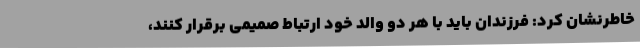
خاطرنشان کرد: فرزندان باید با هر دو والد خود ارتباط صمیمی برقرار کنند،